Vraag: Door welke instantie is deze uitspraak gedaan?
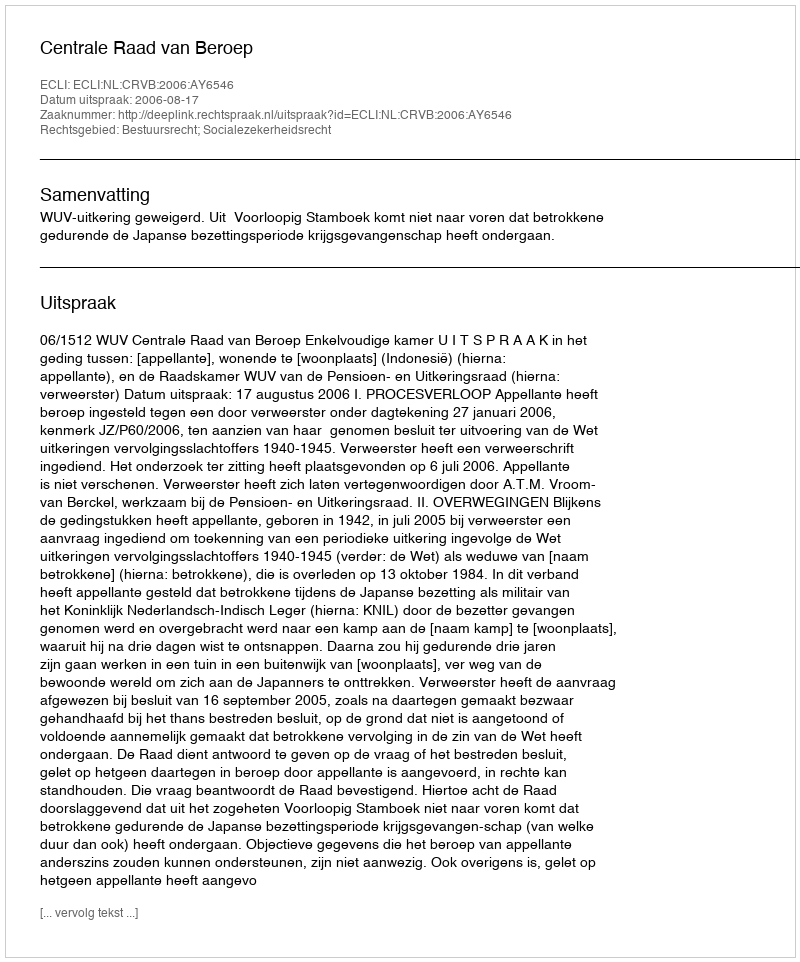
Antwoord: Centrale Raad van Beroep